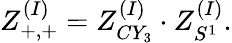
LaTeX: Z_{+,+}^{(I)}=Z_{CY_{3}}^{(I)}\cdot Z_{S^{1}}^{(I)}.